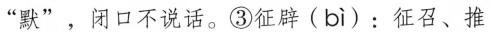
”默”，闭口不说话。③征辟( bi )：征召、推